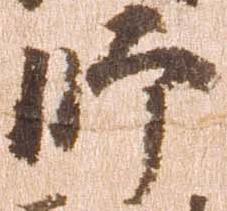
師